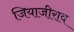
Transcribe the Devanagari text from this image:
जियाजीराव